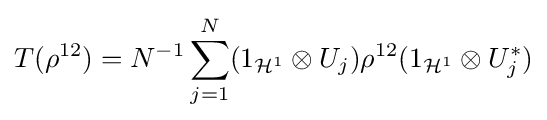
T(\rho ^{12})=N^{-1}\sum _{j=1}^{N}(1_{{\mathcal {H}}^{1}}\otimes U_{j})\rho ^{12}(1_{{\mathcal {H}}^{1}}\otimes U_{j}^{*})